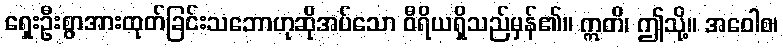
ရှေးဦးစွာအားထုတ်ခြင်းသဘောဟုဆိုအပ်သော ဝီရိယရှိသည်မှန်၏။ ဣတိ၊ ဤသို့။ အဝေါစ၊